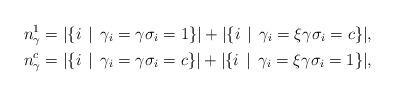
LaTeX: \begin{align*}n^{1}_{\gamma}&=|\{i\,\mid\, \gamma_i=\gamma\sigma_i=1\}|+|\{i\,\mid\, \gamma_i=\xi\gamma\sigma_i=c\}|,\\n^{c}_{\gamma}&=|\{i\,\mid\, \gamma_i=\gamma\sigma_i=c\}|+|\{i\,\mid\, \gamma_i=\xi\gamma\sigma_i=1\}|,\end{align*}